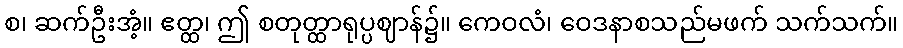
စ၊ ဆက်ဦးအံ့။ ဧတ္ထ၊ ဤ စတုတ္ထာရုပ္ပဈာန်၌။ ကေဝလံ၊ ဝေဒနာစသည်မဖက် သက်သက်။